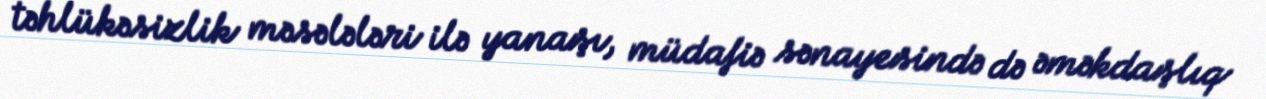
təhlükəsizlik məsələləri ilə yanaşı, müdafiə sənayesində də əməkdaşlıq